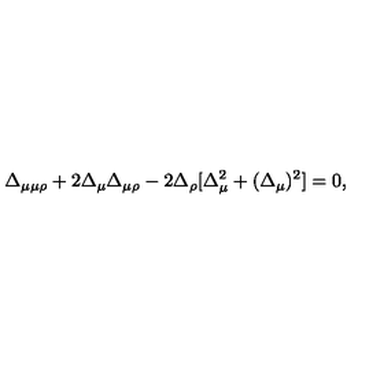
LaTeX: \Delta _ { \mu \mu \rho } + 2 \Delta _ { \mu } \Delta _ { \mu \rho } - 2 \Delta _ { \rho } [ \Delta _ { \mu } ^ { 2 } + ( \Delta _ { \mu } ) ^ { 2 } ] = 0 ,